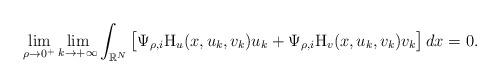
LaTeX: \begin{align*} \lim_{\rho\to 0^{+}}\lim_{k \to +\infty} \int_{\mathbb{R}^{N}}\big[\Psi_{\rho,i}\mathrm{H}_{u}(x,u_k,v_k)u_k+ \Psi_{\rho,i}\mathrm{H}_{v}(x,u_k,v_k)v_k\big]\,dx=0.\end{align*}